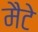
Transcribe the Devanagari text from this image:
मैटे